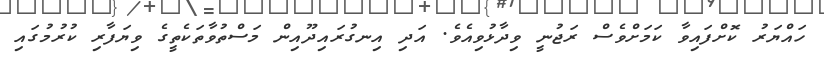
ހައްޔަރު ކޮށްފައިވާ ކަމަށްވެސް ރަޖުނީ ވިދާޅުވިއެވެ. އަދި އިނގުރައިދޫއިން މަސްތުވާތަކެތީގެ ވިޔަފާރި ކުރުމުގައި